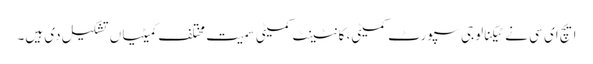
ایچ ای سی نے ٹیکنالوجی سپورٹ کمیٹی، کانٹینٹ کمیٹی سمیت مختلف کمیٹیاں تشکیل دی ہیں۔